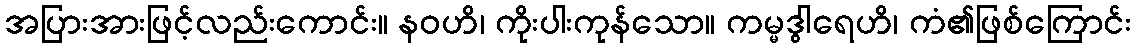
အပြားအားဖြင့်လည်းကောင်း။ နဝဟိ၊ ကိုးပါးကုန်သော။ ကမ္မဒွါရေဟိ၊ ကံ၏ဖြစ်ကြောင်း